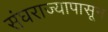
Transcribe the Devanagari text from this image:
संघराज्यापासून